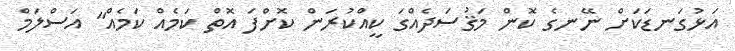
އަޅުގަނޑަކަށް ނޭނގެ ކޮން މަޤުސަދެއްގަ ކީއްކުރަން ކޮށްފަ އޮތް ކަމެއް ކަމެއް" އަސްލަމް